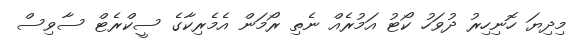
މިދިޔަ ހޮނިހިރު ދުވަހު ކޯޓު އަމުރެއް ނެތި ރޯމަން އެމެރިކާގެ ސީކްރެޓް ސާވިސް